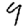
Digit: 9